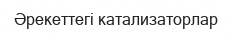
Әрекеттегі катализаторлар